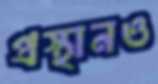
প্রস্থানও